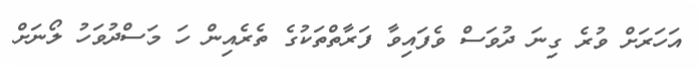
އަހަރަށް ވުރެ ގިނަ ދުވަސް ވެފައިވާ ފަރާތްތަކުގެ ތެރެއިން ހަ މަސްދުވަހު ލޯނަށް